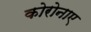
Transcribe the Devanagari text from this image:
कोरोनाए